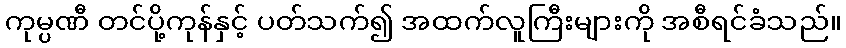
ကုမ္ပဏီ တင်ပို့ကုန်နှင့် ပတ်သက်၍ အထက်လူကြီးများကို အစီရင်ခံသည်။